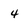
Character: 4